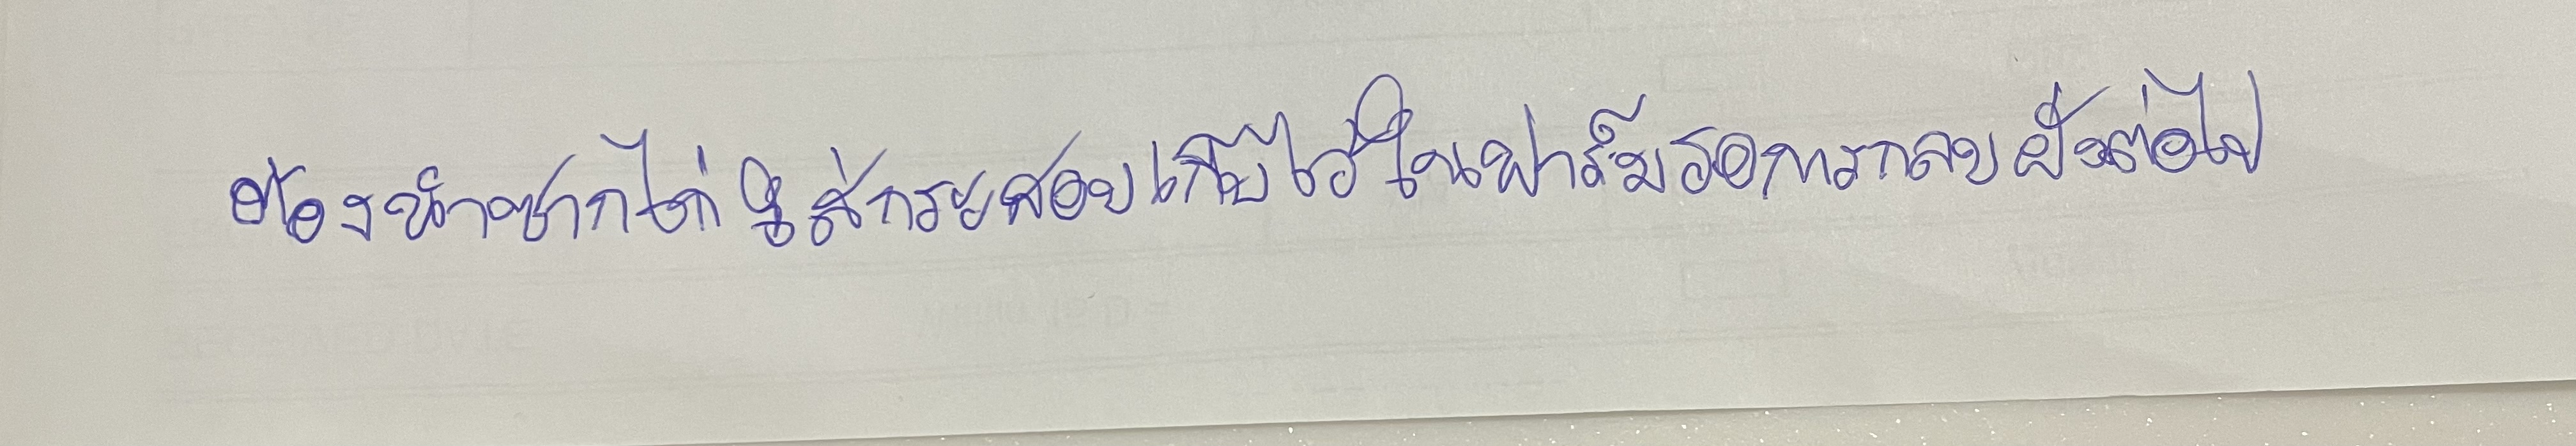
ต้องนำซากไก่ใส่กระสอบเก็บไว้ในฟาร์มรอการกลบฝังต่อไป